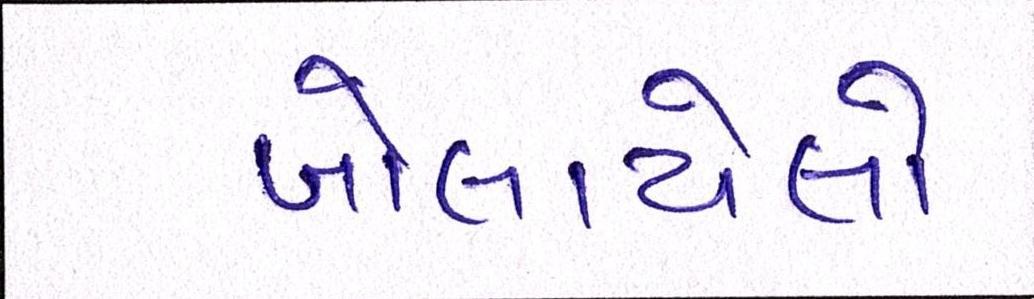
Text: બોલાયેલો